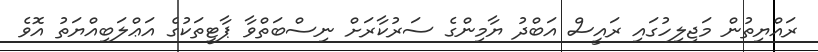
ރައްޔިތުން މަޖިލިހުގައި ރައީސް އަބްދު ޔާމިންގެ ސަރުކާރަށް ނިސްބަތްވާ ޕާޓީތަކުގެ އަޢްލަބިއްޔަތު އޮވެ